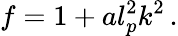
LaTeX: f=1+al_{p}^{2}k^{2}\, .